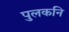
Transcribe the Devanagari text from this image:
पुलकनि